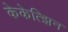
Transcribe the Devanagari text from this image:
केकेत्झिन